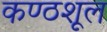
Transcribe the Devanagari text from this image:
कण्ठशूल